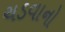
ચડવાનો